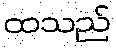
ထသည်